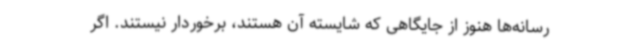
رسانه‌ها هنوز از جایگاهی که شایسته آن هستند، برخوردار نیستند. اگر